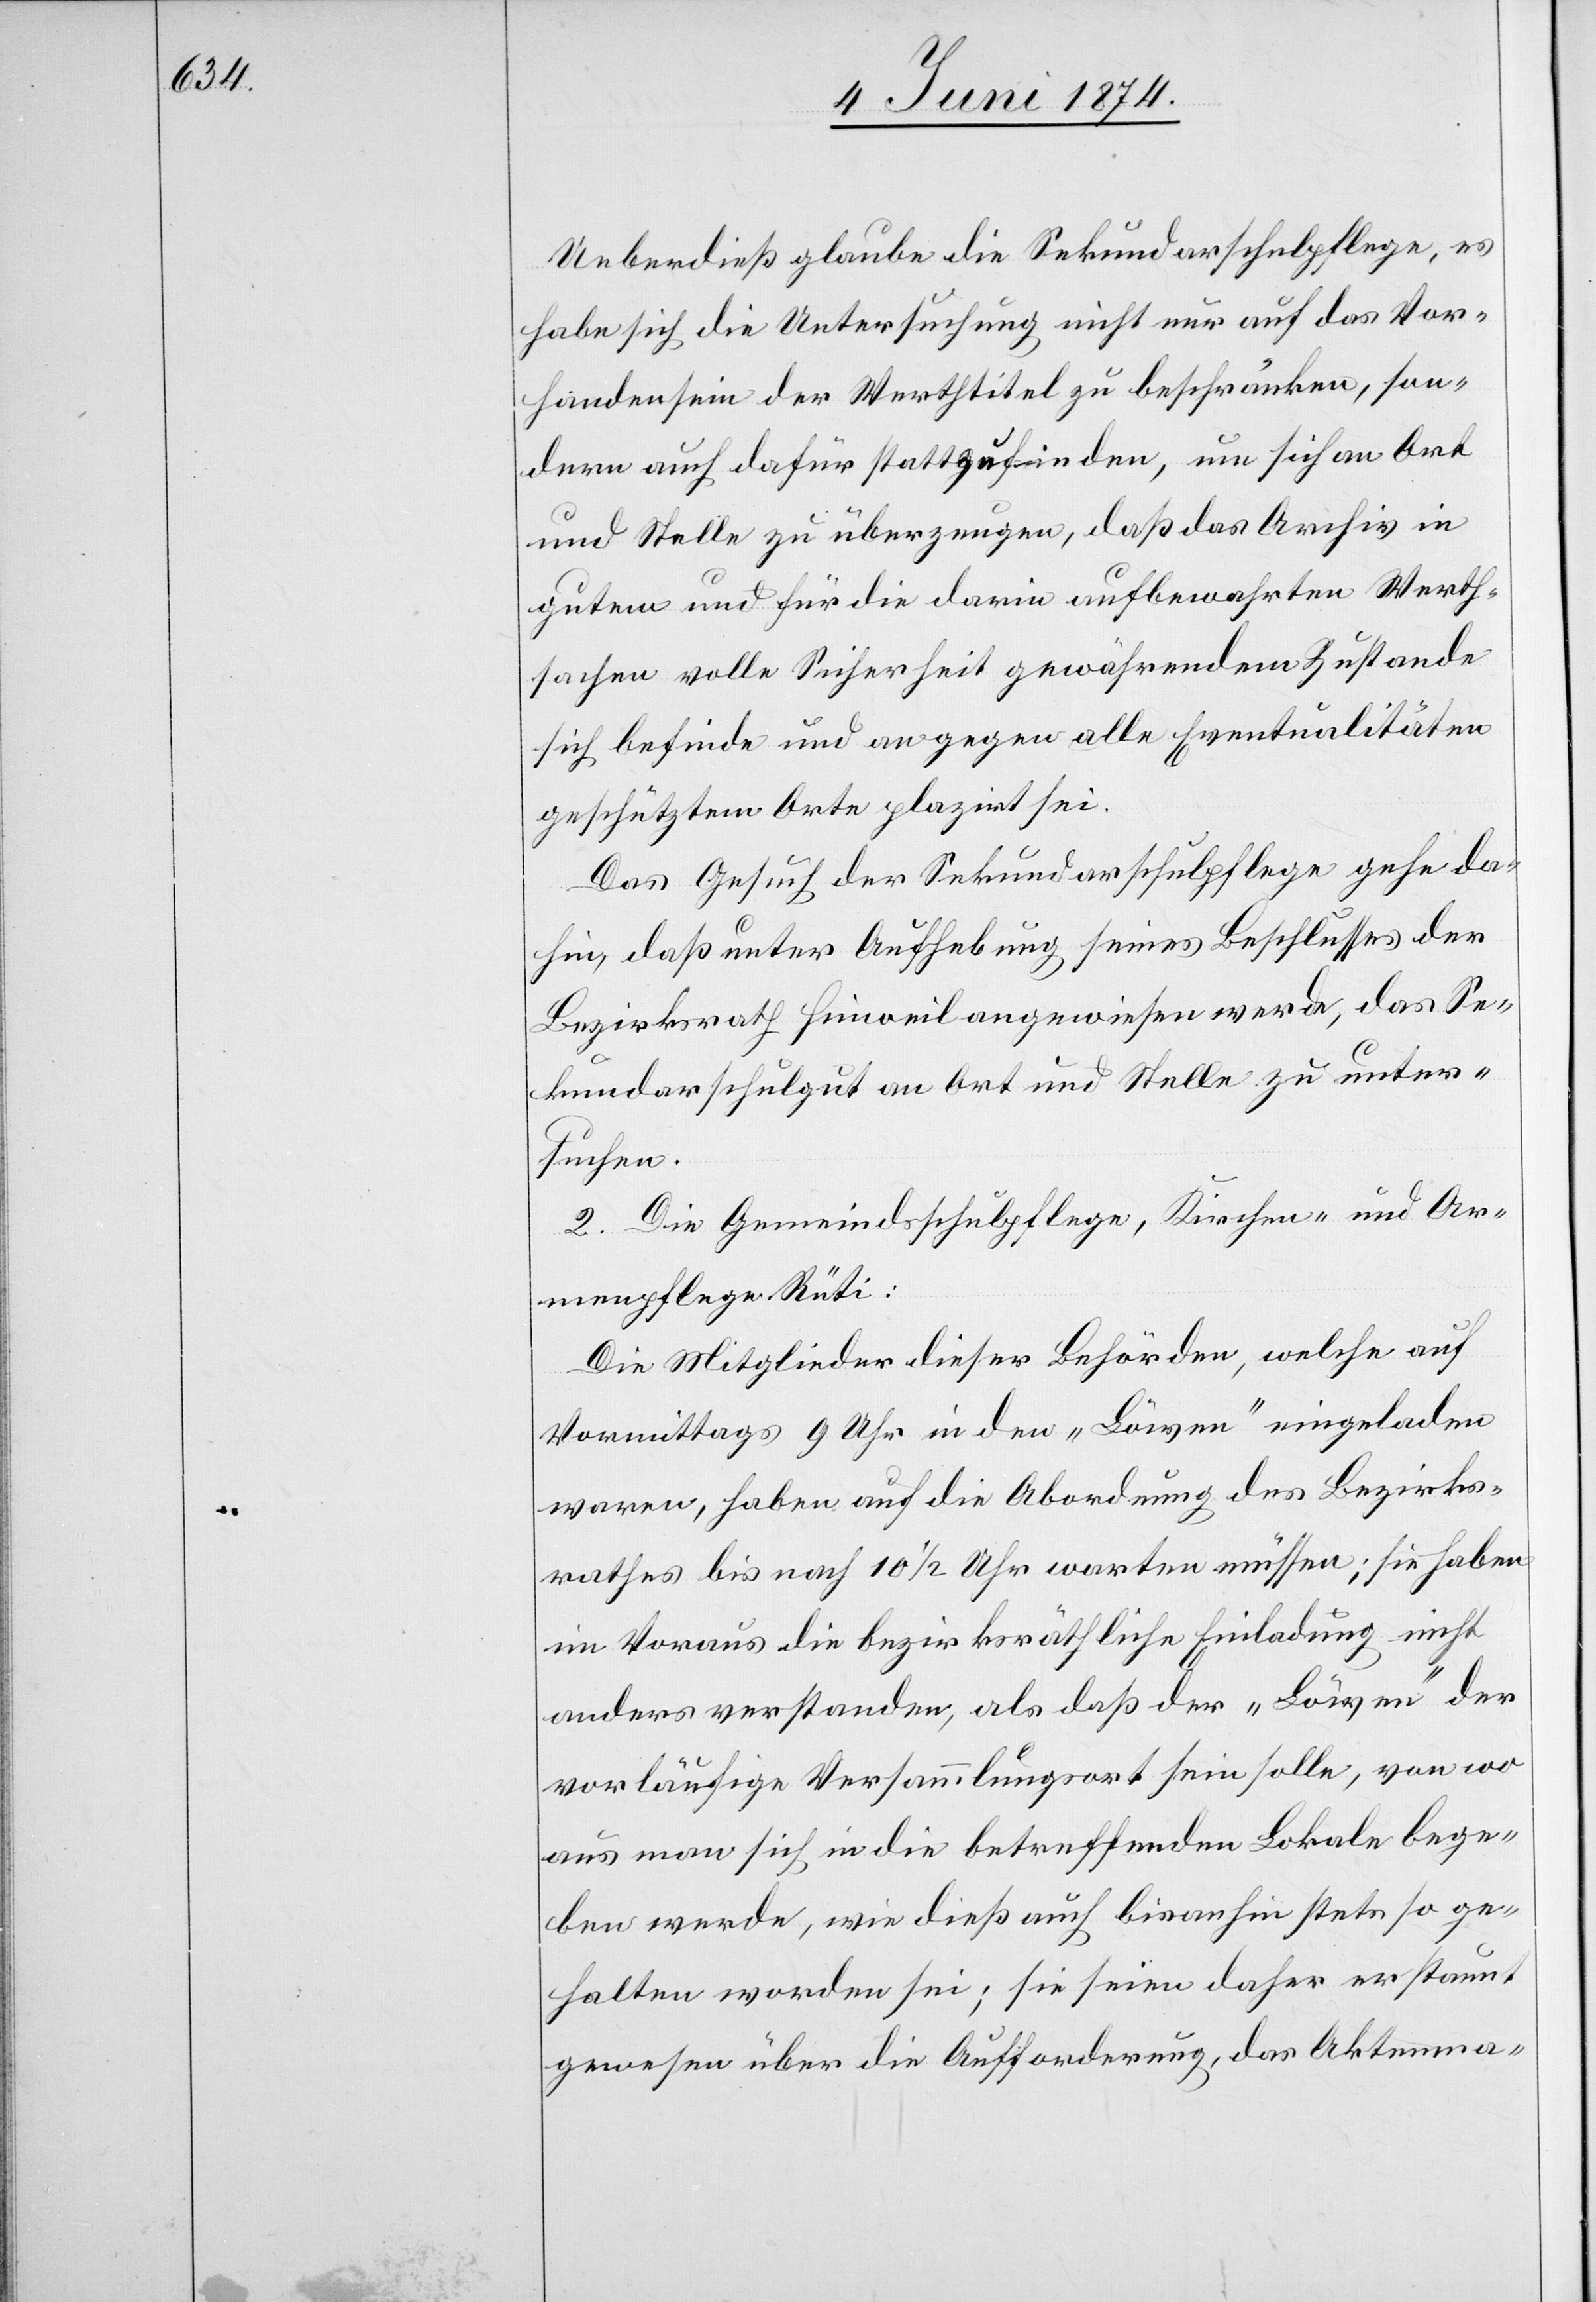
Ueberdieß glaube die Sekundarschulpflege, es
habe sich die Untersuchung nicht nur auf das Vor¬
handensein der Werthtitel zu beschränken, son¬
dern auch dafür stattzufinden, um sich an Ort
und Stelle zu überzeugen, daß das Archiv in
gutem und für die darin aufbewahrten Werth¬
sachen volle Sicherheit gewährenden Zustande
sich befinde und an gegen alle Eventualitäten
geschütztem Orte plazirt sei.
Das Gesuch der Sekundarschulpflege gehe da¬
hin, daß unter Aufhebung seines Beschlusses der
Bezirksrath Hinweil angewiesen werde, das Se¬
kundarschulgut an Ort und Stelle zu unter¬
suchen.
2. Die Gemeindsschulpflege, Kirchen- und Ar¬
menpflege Rüti:
Die Mitglieder dieser Behörden, welche auf
Vormittags 9 Uhr in den „Löwen“ eingeladen
waren, haben auf die Abordnung des Bezirks¬
rathes bis nach 10 1/2 Uhr warten müssen; sie haben
im Voraus die bezirksräthliche Einladung nicht
anders verstanden, als daß der „Löwen“ der
vorläufige Versammlungsort sein solle, von wo
aus man sich in die betreffenden Lokale bege¬
ben werde, wie dieß auch bisanhin stets so ge¬
halten worden sei; sie seien daher erstaunt
gewesen über die Aufforderung, das Aktenma-